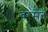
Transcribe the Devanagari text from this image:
वरमेतं